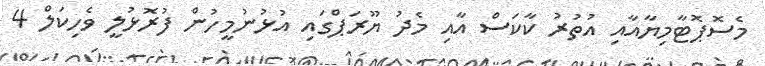
މެސޮޕޮޓާމިޔާއާއި އުތުރު ކާކަސް އާއި މެދު ޔޫރަޕްގައި އުޅުނުމީހުން ފުރޮޅުލީ ވެހިކަލް 4